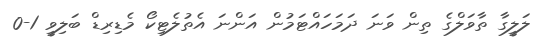
ލަލީގާ ތާވަލްގެ ތިން ވަނަ ދަމަހައްޓަމުން އަންނަ އެތުލެޓިކޯ މެޑިރިޑް ބަލިވީ 1-0